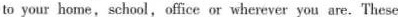
to your home, school,office or wherever you are.These